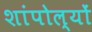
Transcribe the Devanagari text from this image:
शांपोल्यों